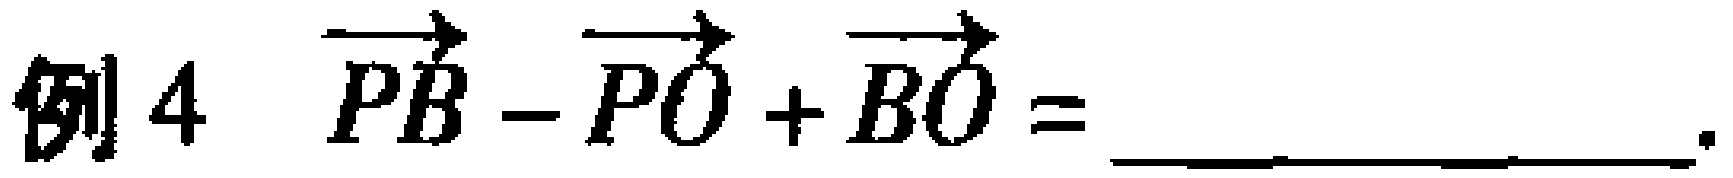
例4 $\overrightarrow{PB}-\overrightarrow{PO}+\overrightarrow{BO}=$ ____________.